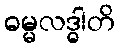
ဓမ္မလဒ္ဓါတိ